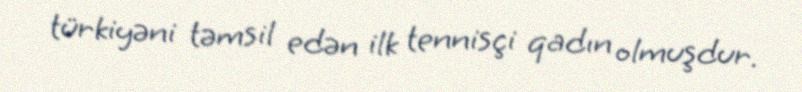
türkiyəni təmsil edən ilk tennisçi qadın olmuşdur.